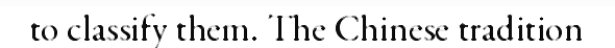
to classify them. The Chinese tradition